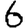
Digit: 6